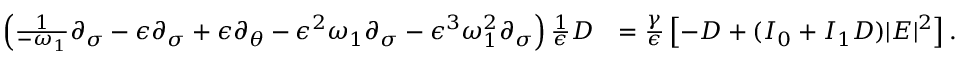
\begin{array} { r l } { \left( \frac { 1 } { - \omega _ { 1 } } \partial _ { \sigma } - \epsilon \partial _ { \sigma } + \epsilon \partial _ { \theta } - \epsilon ^ { 2 } \omega _ { 1 } \partial _ { \sigma } - \epsilon ^ { 3 } \omega _ { 1 } ^ { 2 } \partial _ { \sigma } \right) \frac { 1 } { \epsilon } D } & { = \frac { \gamma } { \epsilon } \left[ - D + ( I _ { 0 } + I _ { 1 } D ) | E | ^ { 2 } \right] . } \end{array}